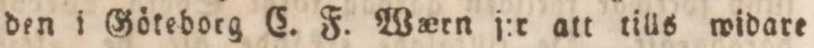
den i Göteborg C. F. Wa_ern j:r att tills widare